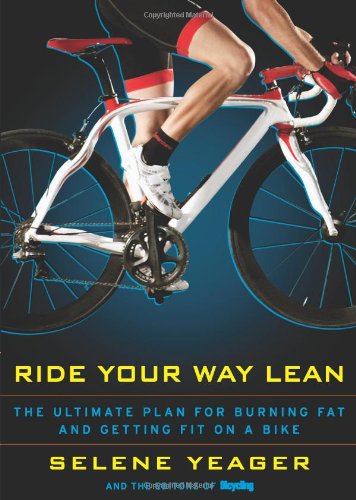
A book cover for Ride Your Way Lean: The Ultimate Plan for Burning Fat and Getting Fit on a Bike; Selene Yeager; Sports & Outdoors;